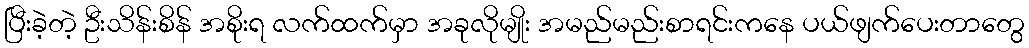
ပြီးခဲ့တဲ့ ဦးသိန်းစိန် အစိုးရ လက်ထက်မှာ အခုလိုမျိုး အမည်မည်းစာရင်းကနေ ပယ်ဖျက်ပေးတာတွေ